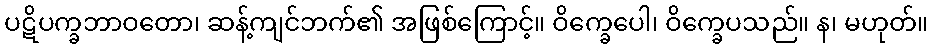
ပဋိပက္ခဘာဝတော၊ ဆန့်ကျင်ဘက်၏ အဖြစ်ကြောင့်။ ဝိက္ခေပေါ၊ ဝိက္ခေပသည်။ န၊ မဟုတ်။